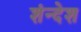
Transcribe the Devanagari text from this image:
शंन्देश